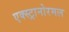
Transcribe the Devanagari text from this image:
एक्स्ट्रानोरमल